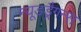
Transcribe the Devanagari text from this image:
न्यूडड्रैगन्स